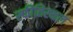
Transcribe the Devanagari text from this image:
स्फीतिस्थल